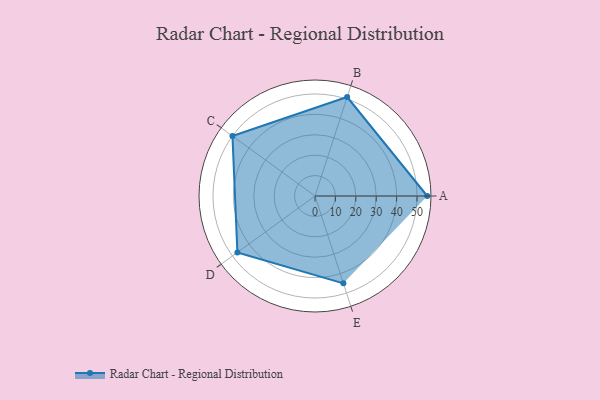
{"axis": {"x": "Skill", "y": "Score"}, "legend": ["Profile"], "data": [{"x": "A", "y": 55.0, "type": "Profile"}, {"x": "B", "y": 51.0, "type": "Profile"}, {"x": "C", "y": 50.0, "type": "Profile"}, {"x": "D", "y": 47.0, "type": "Profile"}, {"x": "E", "y": 45.0, "type": "Profile"}]}